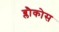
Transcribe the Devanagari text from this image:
ब्लौकोस